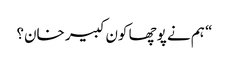
“ ہم نے پوچھا کون کبیر خان؟